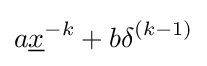
a{\underline {x}}^{-k}+b\delta ^{(k-1)}